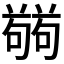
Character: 𭋘